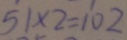
5 1 \times 2 = 1 0 2